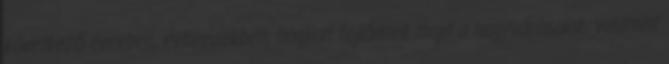
következő években, évtizedekben, hogyan fejlődnek majd a nagyvárosaink, valamint